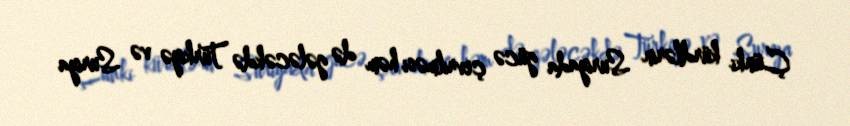
Çünki kürdlərin Suriyada gücə çevrilməsi həm də gələcəkdə Türkiyə və Suriya